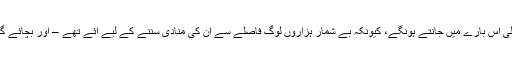
مسٹر ویزلی اُس بارے میں جانتے ہونگے، کیونکہ بے شمار ہزاروں لوگ فاصلے سے اُن کی منادی سُننے کے لیے آئے تھے – اور بچائے گئے تھے!